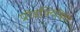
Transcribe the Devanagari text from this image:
प्रोडक्टिविटी